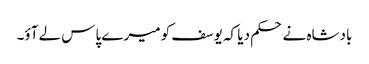
بادشاہ نے حکم دیا کہ یوسف کو میرے پاس لے آؤ۔